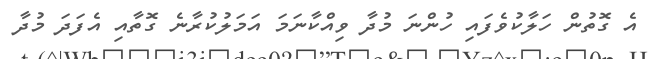
އެ ގޮތުން ހަލާކުވެފައި ހުންނަ މުދާ ވިއްކާނަމަ އަމަލުކުރާނެ ގޮތާއި އެފަދަ މުދާ